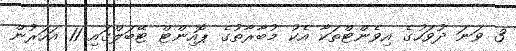
3 ވަނަ ދުވަހުގެ އިވެންޓްތަކާ އެކު މުބާރާތުގެ ޕޮއިންޓް ޓޭބަލްގައި 11 އަހަރުން